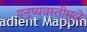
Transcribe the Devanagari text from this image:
मनुष्यवस्तीमुळे